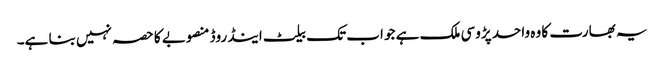
یہ بھارت کا وہ واحد پڑوسی ملک ہے جو اب تک بیلٹ اینڈ روڈ منصوبے کا حصہ نہیں بنا ہے۔